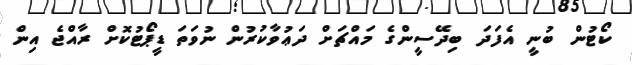
ކޯޓުން ބުނީ އެފަދަ ބިދޭސީންގެ މައްޗަށް ދަޢުވާކުރުން ނުވަތަ ޑީޕޯޓުކޮށް ރާއްޖެ އިން